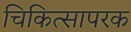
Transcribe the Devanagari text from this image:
चिकित्सापरक